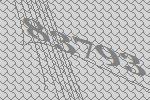
83793